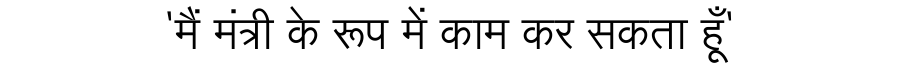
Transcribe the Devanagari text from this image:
'मैं मंत्री के रूप में काम कर सकता हूँ'